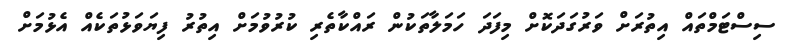
ސިސްޓަމްތައް އިތުރަށް ވަރުގަދަކޮށް މިފަދަ ހަމަލާތަކުން ރައްކާތެރި ކުރުވުމަށް އިތުރު ފިޔަވަޅުތަކެއް އެޅުމަށް